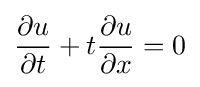
{\frac {\partial u}{\partial t}}+t{\frac {\partial u}{\partial x}}=0